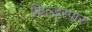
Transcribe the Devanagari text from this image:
फिल्ड्स्पार